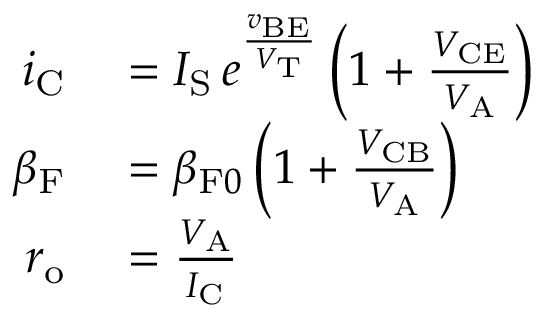
\begin{array} { r l } { i _ { \mathrm { C } } } & { { } = I _ { \mathrm { S } } \, e ^ { \frac { v _ { \mathrm { B E } } } { V _ { \mathrm { T } } } } \left( 1 + { \frac { V _ { \mathrm { C E } } } { V _ { \mathrm { A } } } } \right) } \\ { \beta _ { \mathrm { F } } } & { { } = \beta _ { { \mathrm { F } } 0 } \left( 1 + { \frac { V _ { \mathrm { C B } } } { V _ { \mathrm { A } } } } \right) } \\ { r _ { \mathrm { o } } } & { { } = { \frac { V _ { \mathrm { A } } } { I _ { \mathrm { C } } } } } \end{array}